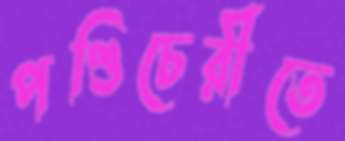
পণ্ডিচেরীতে